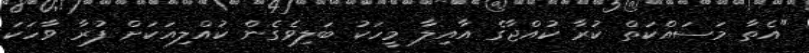
"އެތާ މަސައްކަތް ކުރާ ކުއްޖާގެ އާއިލާ މީހަކު ބަލިވެގެން ކުއްލިއަކަށް ފުރާ ވާހަކަ